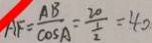
A F = \frac { A B } { \cos A } = \frac { 2 0 } { \frac { 1 } { 2 } } = 4 0